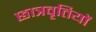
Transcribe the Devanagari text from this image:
छात्रवृतियों